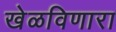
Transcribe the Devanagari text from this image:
खेळविणारा